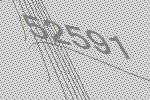
52591